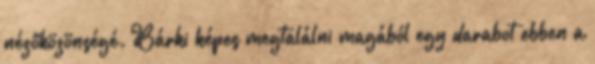
nézőközönségé. Bárki képes megtalálni magából egy darabot ebben a